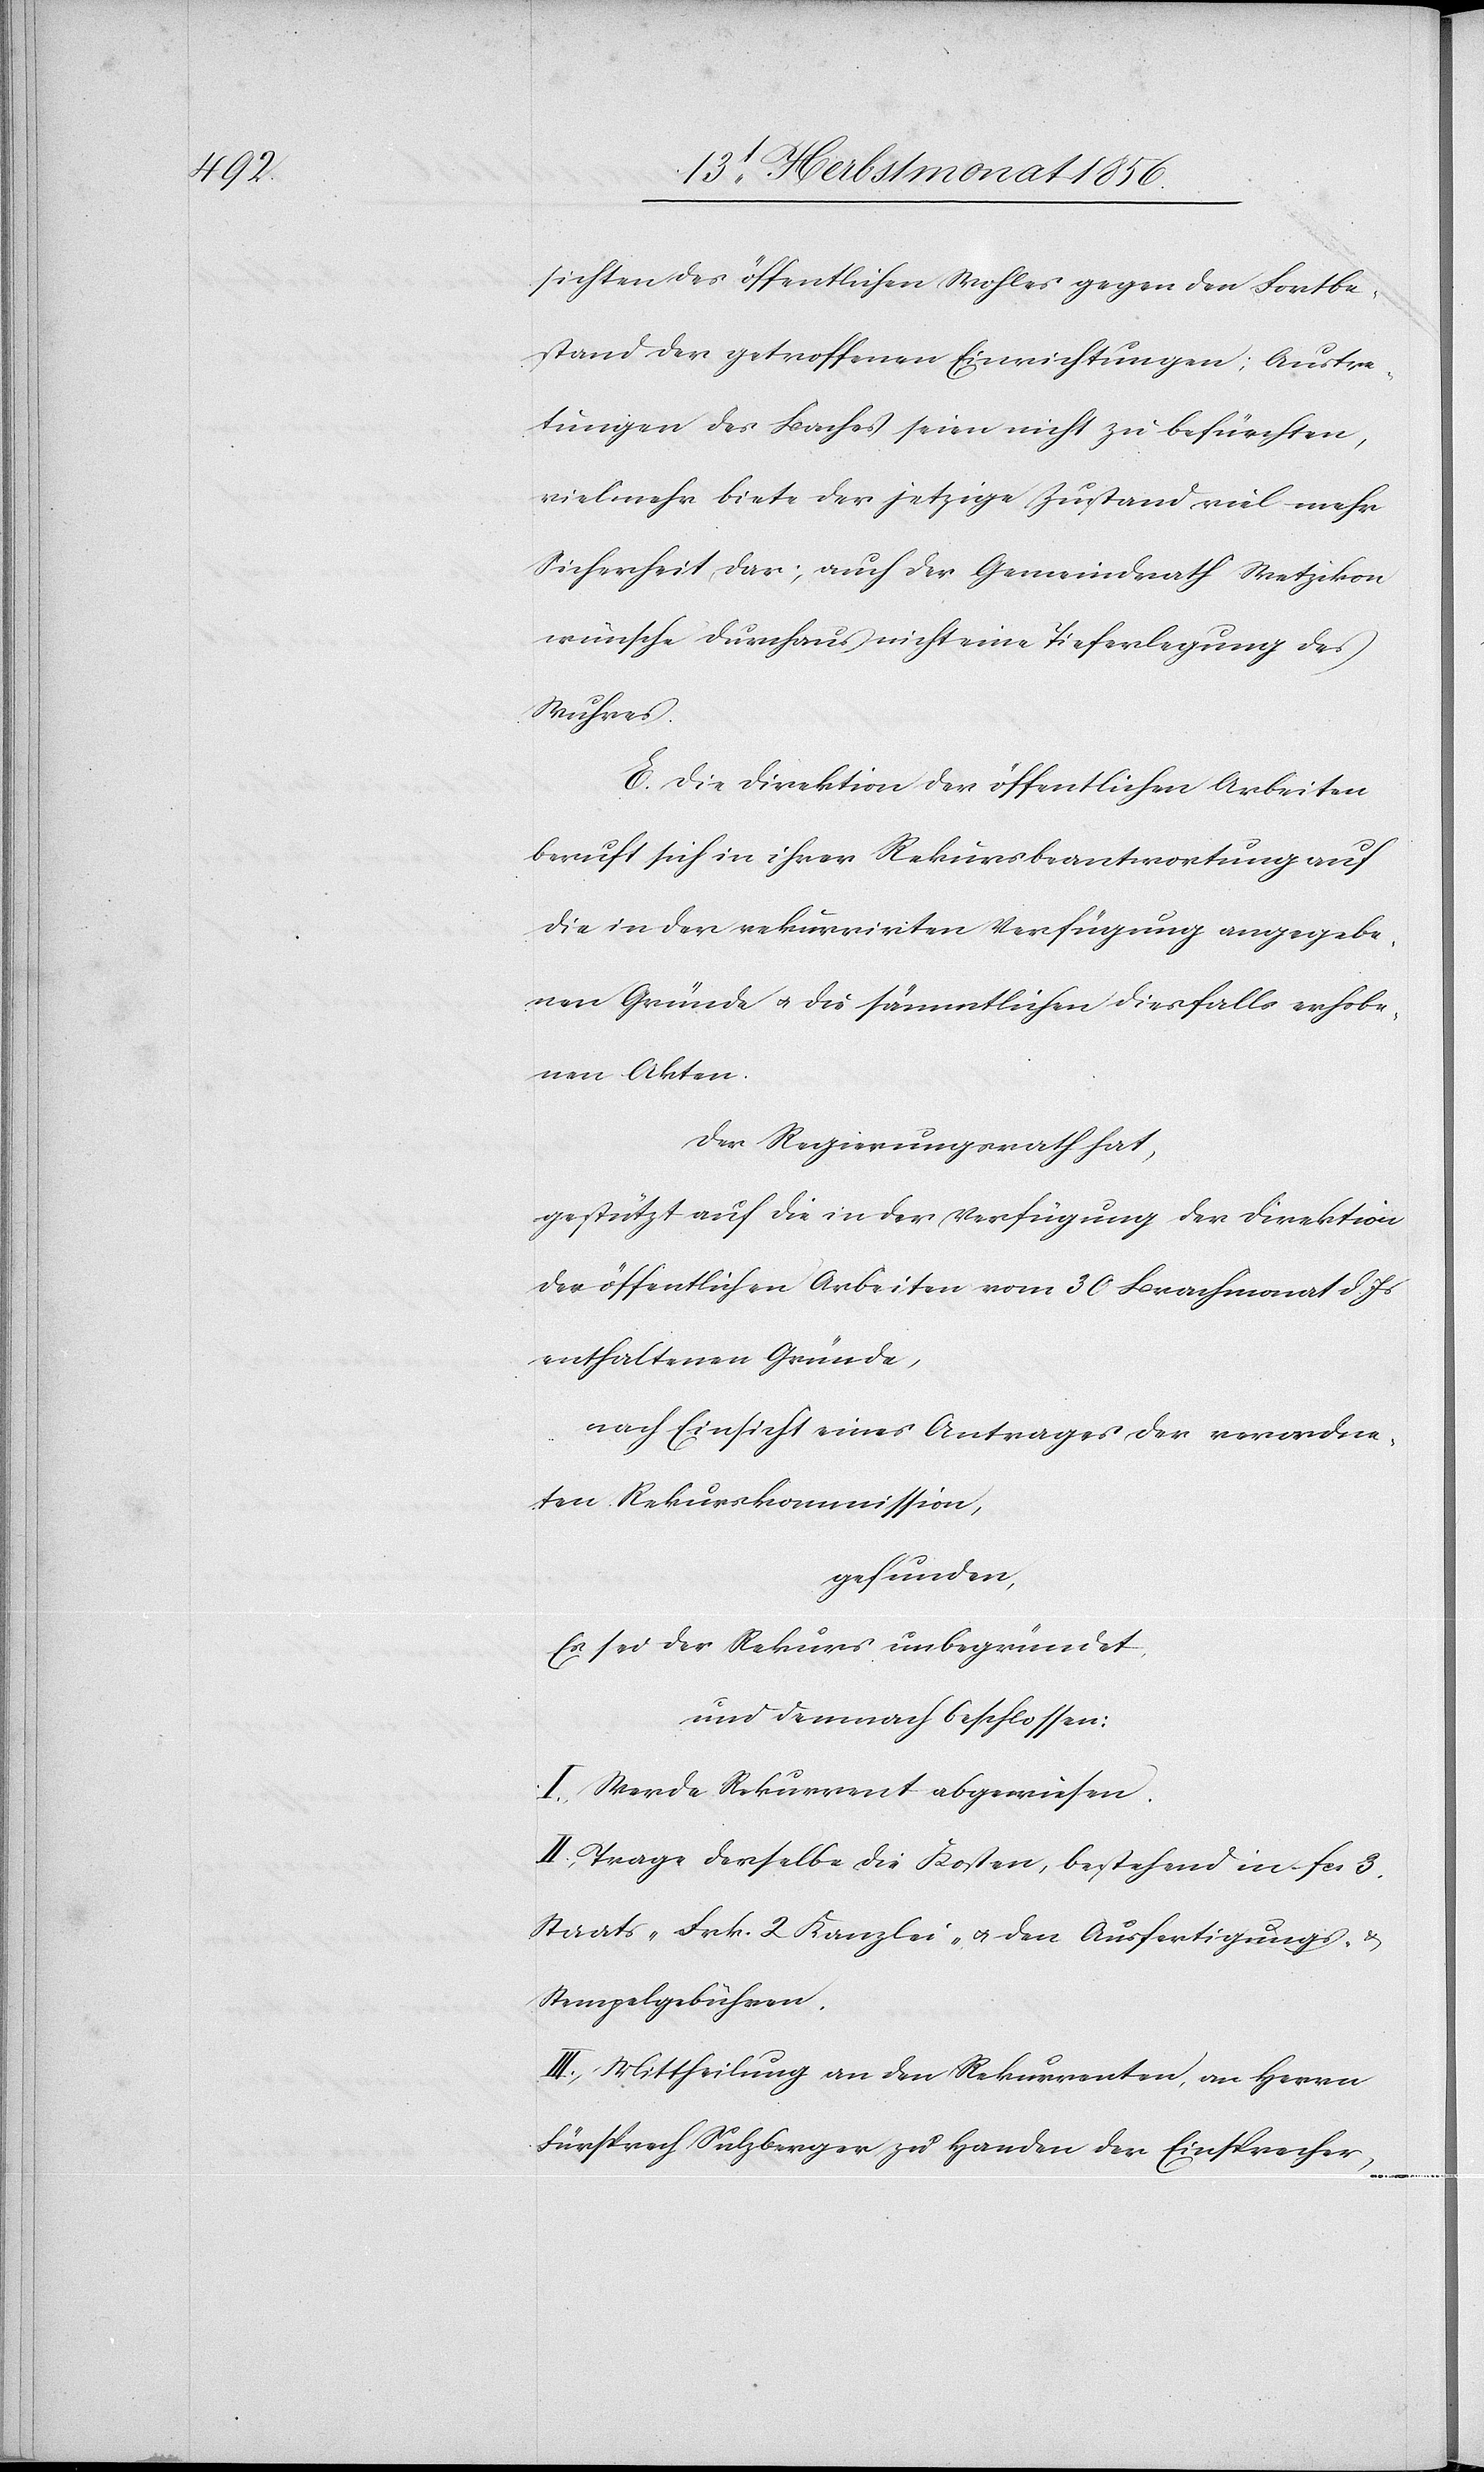
sichten des öffentlichen Wohles gegen den Fortbe¬
stand der getroffenen Einrichtungen; Austre¬
tungen des Baches seien nicht zu befürchten,
vielmehr biete der jetzige Zustand viel mehr
Sicherheit dar; auch der Gemeindrath Wetzikon
wünsche durchaus nicht eine Tieferlegung des
Wuhres.
E. Die Direktion der öffentlichen Arbeiten
beruft sich in ihrer Rekursbeantwortung auf
die in der rekurrirten Verfügung angegebe¬
nen Gründe u. die sämmtlichen diesfalls erhobe¬
nen Akten.
Der Regierungsrath hat,
gestützt auf die in der Verfügung der Direktion
der öffentlichen Arbeiten vom 30 Brachmonat d. Js
enthaltenen Gründe,
nach Einsicht eines Antrages der verordne¬
ten Rekurskommission,
gefunden,
Es sei der Rekurs unbegründet,
und demnach beschlossen:
I.) Werde Rekurrent abgewiesen.
II.) Trage derselbe die Kosten, bestehend in fcs. 3.
Staats-[,] Frk. 2 Kanzlei- u. den Ausfertigungs- &
Stempelgebühren.
III.) Mittheilung an den Rekurrenten, an Herrn
Fürsprech Sulzberger zu Handen der Einsprecher,